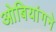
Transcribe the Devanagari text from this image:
ओबियांगने